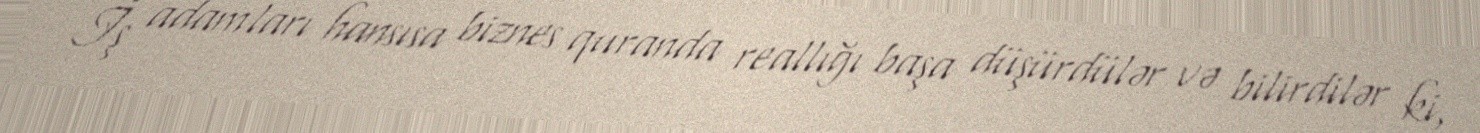
İş adamları hansısa biznes quranda reallığı başa düşürdülər və bilirdilər ki,